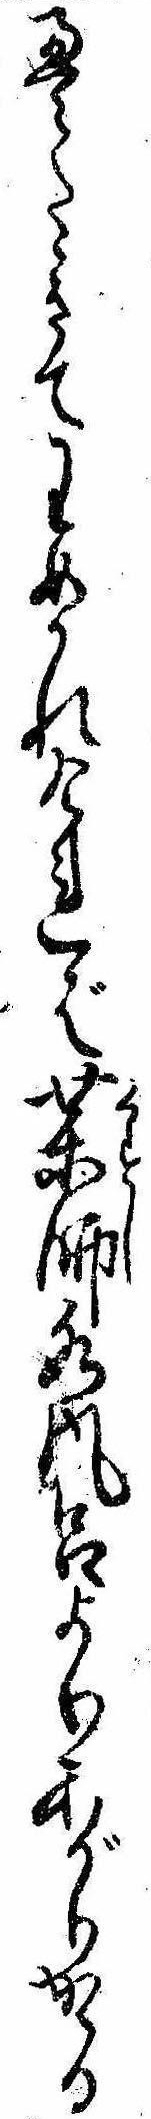
畳たゝきてわめかれければ薬師水風呂よりあがりかゝる